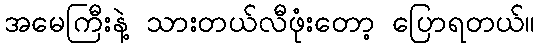
အမေကြီးနဲ့ သားတယ်လီဖုံးတော့ ပြောရတယ်။